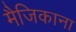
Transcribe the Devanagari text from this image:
मैजिकाना